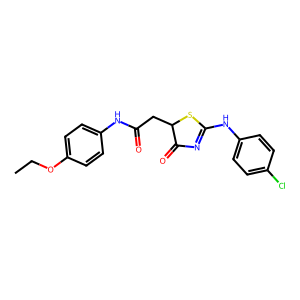
SMILES: CCOc1ccc(NC(=O)CC2SC(Nc3ccc(Cl)cc3)=NC2=O)cc1
Inhibits HIV replication: No